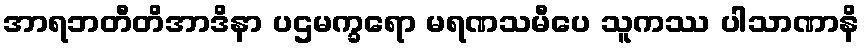
အာရဘတီတိအာဒိနာ ပဌမက္ခရော မရဏသမီပေ သူကဿ ပါသာဏာနိ